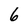
Character: 6